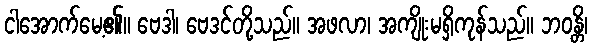
ငါအောက်မေ့၏။ ဗေဒါ၊ ဗေဒင်တို့သည်။ အဖလာ၊ အကျိုးမရှိကုန်သည်။ ဘဝန္တိ၊